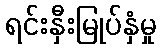
ရင်းနှီးမြုပ်နှံမှု